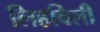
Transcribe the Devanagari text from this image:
लिहविली